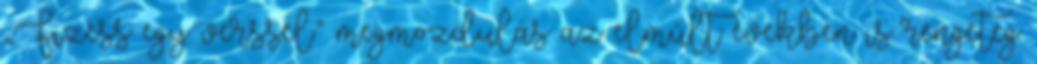
„Fizess egy verssel” megmozdulás az elmúlt években is rengeteg